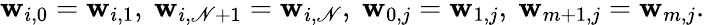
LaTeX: \mathbf{w}_{i,0}=\mathbf{w}_{i,1},\ \mathbf{w}_{i,\mathscr{N}+1}=\mathbf{w}_{i,\mathscr{N}},\ \mathbf{w}_{0,j}=\mathbf{w}_{1,j},\ \mathbf{w}_{m+1,j}=\mathbf{w}_{m,j}.